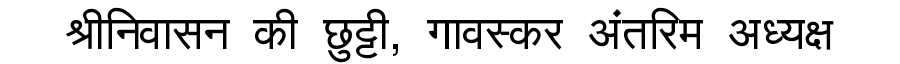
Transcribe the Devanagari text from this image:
श्रीनिवासन की छुट्टी, गावस्कर अंतरिम अध्यक्ष